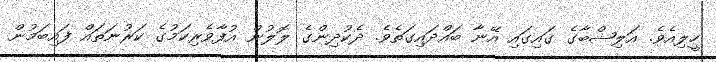
ހީލިއެވެ. އަލިޝްބާގެ ގައިގައި އޭނާ ބައްދައިގަތެވެ. ދެކުދިންގެ ލޮލުން އުފާވެރިކަމުގެ ކަރުނަތައް ފައިބަމުން